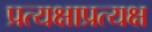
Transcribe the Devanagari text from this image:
प्रत्यक्षाप्रत्यक्ष